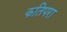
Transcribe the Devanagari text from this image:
कतिपरा